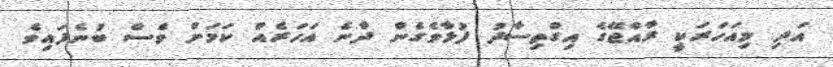
އަދި މިއަހަރަކީ ރާއްޖޭގެ އިގްތިސާދު ފުޅާވެގެން ދާނެ އަހަރެއް ކަމަށް ވެސް ބުނެފައިވެ